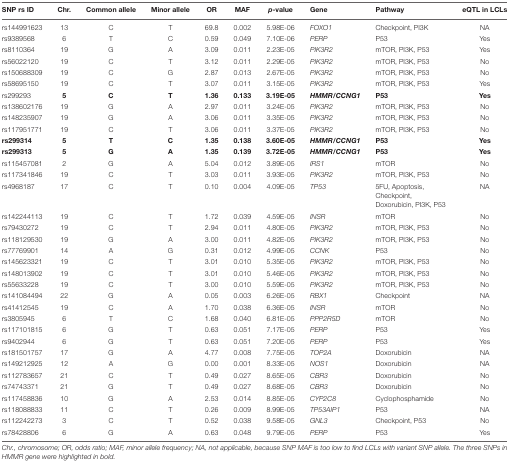
<table><thead><tr><td><b>SNP rs ID</b></td><td><b>Chr.</b></td><td><b>Common allele</b></td><td><b>Minor allele</b></td><td><b>OR</b></td><td><b>MAF</b></td><td><b><i>p</i>-value</b></td><td><b>Gene</b></td><td><b>Pathway</b></td><td><b>eQTL in LCLs</b></td></tr></thead><tbody><tr><td>rs144991623</td><td>13</td><td>C</td><td>T</td><td>69.8</td><td>0.002</td><td>5.98E-06</td><td><i>FOXO1</i></td><td>Checkpoint, PI3K</td><td>NA</td></tr><tr><td>rs9389568</td><td>6</td><td>T</td><td>C</td><td>0.59</td><td>0.049</td><td>7.10E-06</td><td><i>PERP</i></td><td>P53</td><td>Yes</td></tr><tr><td>rs8110364</td><td>19</td><td>G</td><td>A</td><td>3.09</td><td>0.011</td><td>2.23E-05</td><td><i>PIK3R2</i></td><td>mTOR, PI3K, P53</td><td>Yes</td></tr><tr><td>rs56022120</td><td>19</td><td>C</td><td>T</td><td>3.12</td><td>0.011</td><td>2.29E-05</td><td><i>PIK3R2</i></td><td>mTOR, PI3K, P53</td><td>No</td></tr><tr><td>rs150688309</td><td>19</td><td>C</td><td>G</td><td>2.87</td><td>0.013</td><td>2.67E-05</td><td><i>PIK3R2</i></td><td>mTOR, PI3K, P53</td><td>No</td></tr><tr><td>rs58695150</td><td>19</td><td>C</td><td>T</td><td>3.07</td><td>0.011</td><td>3.15E-05</td><td><i>PIK3R2</i></td><td>mTOR, PI3K, P53</td><td>Yes</td></tr><tr><td>rs299293</td><td><b>5</b></td><td><b>C</b></td><td><b>T</b></td><td><b>1.36</b></td><td><b>0.133</b></td><td><b>3.19E-05</b></td><td><b><i>HMMR/CCNG1</i></b></td><td><b>P53</b></td><td><b>Yes</b></td></tr><tr><td>rs138602176</td><td>19</td><td>G</td><td>A</td><td>2.97</td><td>0.011</td><td>3.24E-05</td><td><i>PIK3R2</i></td><td>mTOR, PI3K, P53</td><td>No</td></tr><tr><td>rs148235907</td><td>19</td><td>G</td><td>A</td><td>3.06</td><td>0.011</td><td>3.35E-05</td><td><i>PIK3R2</i></td><td>mTOR, PI3K, P53</td><td>No</td></tr><tr><td>rs117951771</td><td>19</td><td>C</td><td>T</td><td>3.06</td><td>0.011</td><td>3.37E-05</td><td><i>PIK3R2</i></td><td>mTOR, PI3K, P53</td><td>No</td></tr><tr><td><b>rs299314</b></td><td><b>5</b></td><td><b>T</b></td><td><b>C</b></td><td><b>1.35</b></td><td><b>0.138</b></td><td><b>3.60E-05</b></td><td><b><i>HMMR/CCNG1</i></b></td><td><b>P53</b></td><td><b>Yes</b></td></tr><tr><td><b>rs299313</b></td><td><b>5</b></td><td><b>G</b></td><td><b>A</b></td><td><b>1.35</b></td><td><b>0.139</b></td><td><b>3.72E-05</b></td><td><b><i>HMMR/CCNG1</i></b></td><td><b>P53</b></td><td><b>Yes</b></td></tr><tr><td>rs115457081</td><td>2</td><td>G</td><td>A</td><td>5.04</td><td>0.012</td><td>3.89E-05</td><td><i>IRS1</i></td><td>mTOR</td><td>No</td></tr><tr><td>rs117341846</td><td>19</td><td>C</td><td>T</td><td>3.03</td><td>0.011</td><td>3.93E-05</td><td><i>PIK3R2</i></td><td>mTOR, PI3K, P53</td><td>No</td></tr><tr><td>rs4968187</td><td>17</td><td>C</td><td>T</td><td>0.10</td><td>0.004</td><td>4.09E-05</td><td><i>TP53</i></td><td>5FU, Apoptosis, Checkpoint, Doxorubicin, PI3K, P53</td><td>NA</td></tr><tr><td>rs142244113</td><td>19</td><td>C</td><td>T</td><td>1.72</td><td>0.039</td><td>4.59E-05</td><td><i>INSR</i></td><td>mTOR</td><td>No</td></tr><tr><td>rs79430272</td><td>19</td><td>C</td><td>T</td><td>2.94</td><td>0.011</td><td>4.80E-05</td><td><i>PIK3R2</i></td><td>mTOR, PI3K, P53</td><td>No</td></tr><tr><td>rs118129530</td><td>19</td><td>G</td><td>A</td><td>3.00</td><td>0.011</td><td>4.82E-05</td><td><i>PIK3R2</i></td><td>mTOR, PI3K, P53</td><td>No</td></tr><tr><td>rs77769901</td><td>14</td><td>A</td><td>G</td><td>0.31</td><td>0.012</td><td>4.99E-05</td><td><i>CCNK</i></td><td>P53</td><td>No</td></tr><tr><td>rs145623321</td><td>19</td><td>C</td><td>T</td><td>3.01</td><td>0.010</td><td>5.35E-05</td><td><i>PIK3R2</i></td><td>mTOR, PI3K, P53</td><td>No</td></tr><tr><td>rs148013902</td><td>19</td><td>C</td><td>T</td><td>3.01</td><td>0.010</td><td>5.46E-05</td><td><i>PIK3R2</i></td><td>mTOR, PI3K, P53</td><td>No</td></tr><tr><td>rs55633228</td><td>19</td><td>C</td><td>T</td><td>3.00</td><td>0.010</td><td>5.59E-05</td><td><i>PIK3R2</i></td><td>mTOR, PI3K, P53</td><td>No</td></tr><tr><td>rs141084494</td><td>22</td><td>G</td><td>A</td><td>0.05</td><td>0.003</td><td>6.26E-05</td><td><i>RBX1</i></td><td>Checkpoint</td><td>NA</td></tr><tr><td>rs41412545</td><td>19</td><td>C</td><td>A</td><td>1.70</td><td>0.038</td><td>6.36E-05</td><td><i>INSR</i></td><td>mTOR</td><td>No</td></tr><tr><td>rs3805945</td><td>6</td><td>T</td><td>C</td><td>1.68</td><td>0.040</td><td>6.81E-05</td><td><i>PPP2R5D</i></td><td>mTOR</td><td>No</td></tr><tr><td>rs117101815</td><td>6</td><td>G</td><td>T</td><td>0.63</td><td>0.051</td><td>7.17E-05</td><td><i>PERP</i></td><td>P53</td><td>Yes</td></tr><tr><td>rs9402944</td><td>6</td><td>G</td><td>T</td><td>0.63</td><td>0.051</td><td>7.20E-05</td><td><i>PERP</i></td><td>P53</td><td>Yes</td></tr><tr><td>rs181501757</td><td>17</td><td>G</td><td>A</td><td>4.77</td><td>0.008</td><td>7.75E-05</td><td><i>TOP2A</i></td><td>Doxorubicin</td><td>NA</td></tr><tr><td>rs149212925</td><td>12</td><td>A</td><td>G</td><td>0.00</td><td>0.001</td><td>8.33E-05</td><td><i>NOS1</i></td><td>Doxorubicin</td><td>NA</td></tr><tr><td>rs112783657</td><td>21</td><td>C</td><td>T</td><td>0.49</td><td>0.027</td><td>8.65E-05</td><td><i>CBR3</i></td><td>Doxorubicin</td><td>No</td></tr><tr><td>rs74743371</td><td>21</td><td>G</td><td>T</td><td>0.49</td><td>0.027</td><td>8.68E-05</td><td><i>CBR3</i></td><td>Doxorubicin</td><td>No</td></tr><tr><td>rs117458836</td><td>10</td><td>G</td><td>A</td><td>2.53</td><td>0.014</td><td>8.85E-05</td><td><i>CYP2C8</i></td><td>Cyclophosphamide</td><td>No</td></tr><tr><td>rs118088833</td><td>11</td><td>C</td><td>T</td><td>0.26</td><td>0.009</td><td>8.99E-05</td><td><i>TP53AIP1</i></td><td>P53</td><td>NA</td></tr><tr><td>rs112242273</td><td>3</td><td>C</td><td>T</td><td>0.52</td><td>0.038</td><td>9.58E-05</td><td><i>GNL3</i></td><td>Checkpoint, P53</td><td>No</td></tr><tr><td>rs78428806</td><td>6</td><td>G</td><td>A</td><td>0.63</td><td>0.048</td><td>9.79E-05</td><td><i>PERP</i></td><td>P53</td><td>Yes</td></tr></tbody></table>